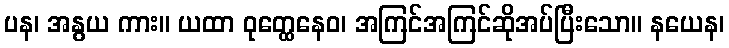
ပန၊ အနွယ ကား။ ယထာ ဝုတ္ထေနေဝ၊ အကြင်အကြင်ဆိုအပ်ပြီးသော။ နယေန၊